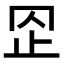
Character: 𣥙